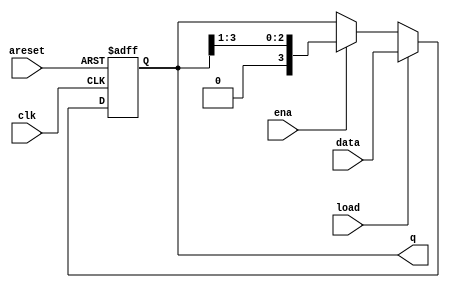
module top_module(
    input clk,
    input areset,  // async active-high reset to zero
    input load,
    input ena,
    input [3:0] data,
    output reg [3:0] q); 
    
    always @(posedge clk or posedge areset) begin
        if (areset)
            q <= 4'b0;
        else if (load)
            q <= data;
        else if (ena)
            q <= {1'b0, q[3:1]};
    end

endmodule